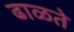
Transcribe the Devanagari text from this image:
ढाळते